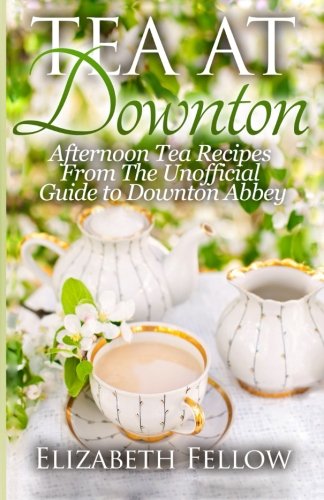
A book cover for Tea at Downton: Afternoon Tea Recipes From The Unofficial Guide to Downton Abbey; Elizabeth Fellow; Cookbooks, Food & Wine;